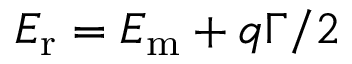
E _ { \mathrm { r } } = E _ { \mathrm { m } } + { q \Gamma } / { 2 }